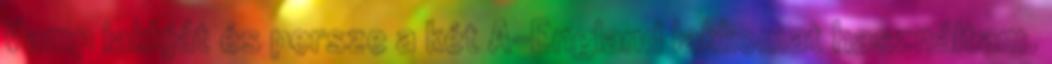
Vamp lakkját és persze a két A-England lakkomat használtam.